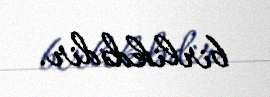
birlikdədir.